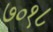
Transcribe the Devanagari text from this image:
७०१८